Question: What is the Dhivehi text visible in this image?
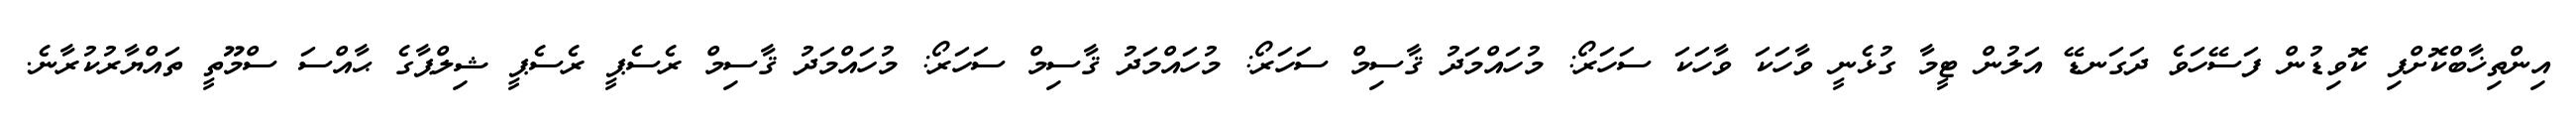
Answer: އިންތިޚާބްކޮށްފި ކޮވިޑުން ފަސޭހަވެ ދަގަނޑޭ އަލުން ޓީމާ ގުޅެނީ ވާހަކަ ވާހަކަ ސަހަރޯ: މުހައްމަދު ޤާސިމް ސަހަރޯ: މުހައްމަދު ޤާސިމް ސަހަރޯ: މުހައްމަދު ޤާސިމް ރެސެޕީ ރެސެޕީ ޝިލްޕާގެ ޙާއްސަ ސްމޫތީ ތައްޔާރުކުރާނެ.